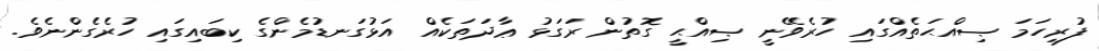
ފުރިހަމަ ޞިއްޙަތެއްގައި ހުރެވޭނީ ޞިއްޙީ ގޮތުން ރަގަޅު ޢާދަތަކެއް އަޅުގަނޑުމެންގެ ކިބައިގައި ހުރެގެންނެވެ.